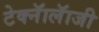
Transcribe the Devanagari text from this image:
टेक्नॅालॅाजी